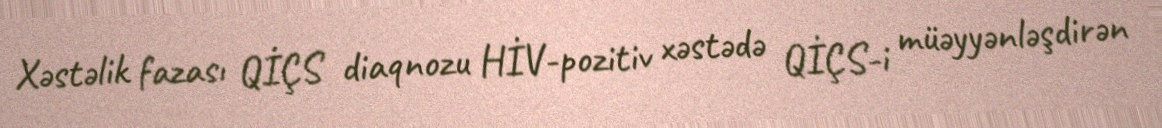
Xəstəlik fazası QİÇS diaqnozu HİV-pozitiv xəstədə QİÇS-i müəyyənləşdirən